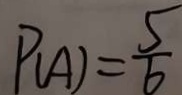
P ( A ) = \frac { 5 } { 6 }